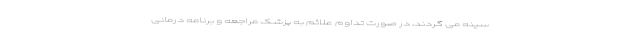
سینه می گردند، در صورت تداوم علائم به پزشک مراجعه و برنامه درمانی